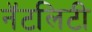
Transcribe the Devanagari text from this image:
नॅटलिटी